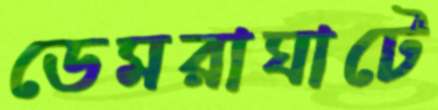
ডেমরাঘাটে